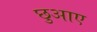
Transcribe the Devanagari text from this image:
छुआए